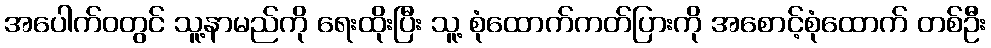
အပေါက်ဝတွင် သူ့နာမည်ကို ရေးထိုးပြီး သူ့ စုံထောက်ကတ်ပြားကို အစောင့်စုံထောက် တစ်ဦး